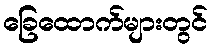
ခြေထောက်များတွင်